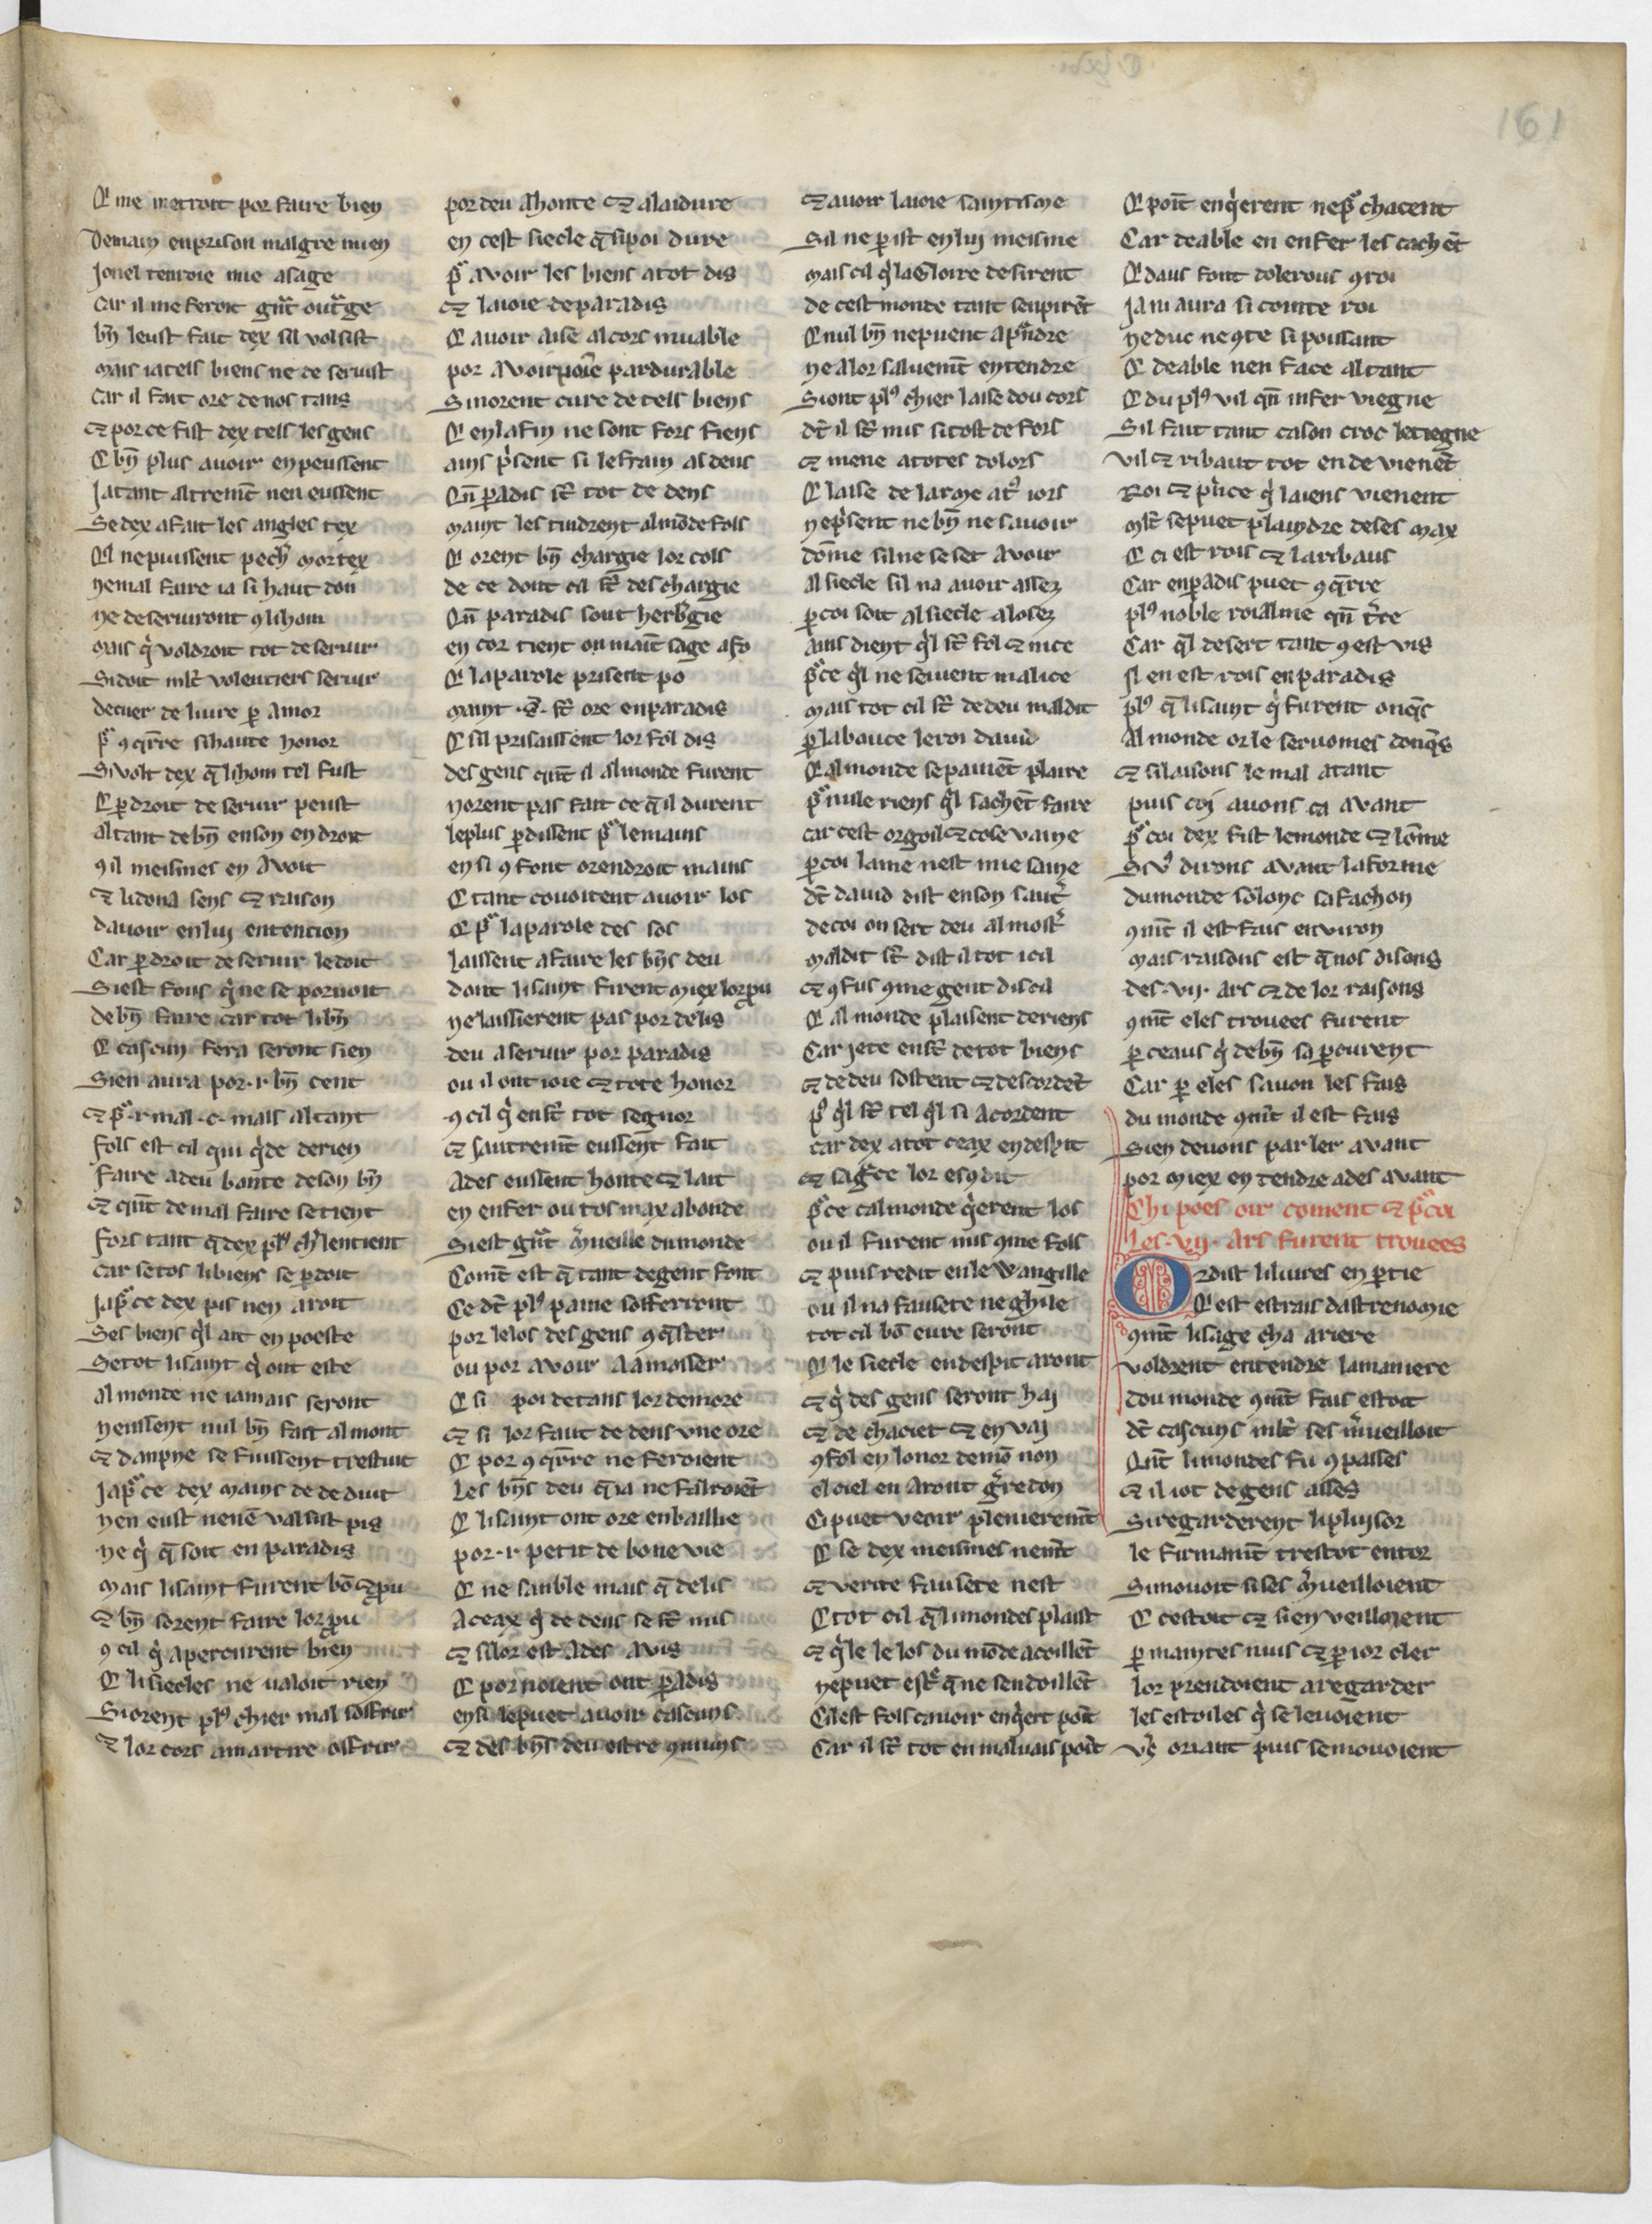
Shelfmark: Paris, BnF, Arsenal 3516
Century: 13